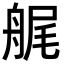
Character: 艉